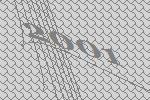
2001